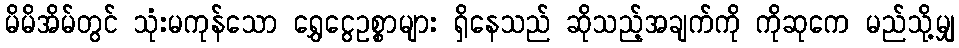
မိမိအိမ်တွင် သုံးမကုန်သော ရွှေငွေဥစ္စာများ ရှိနေသည် ဆိုသည့်အချက်ကို ကိုဆုကေ မည်သို့မျှ